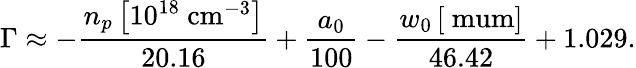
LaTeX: \Gamma\approx-\frac{n_{p}\left[10^{18}\ \mathrm{cm^{-3}}\right]}{20.16}+\frac{a_{0}}{100}-\frac{w_{0}\left[\mathrm{\ mum}\right]}{46.42}+1.029.